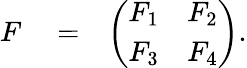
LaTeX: \begin{array}{rlr}{F}&{{}=}&{\left(\begin{array}{ll}{F_{1}}&{F_{2}}\\ {F_{3}}&{F_{4}}\end{array}\right).}\end{array}